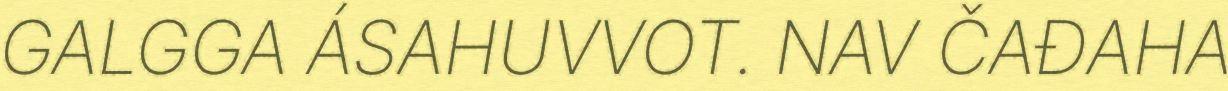
GALGGA ÁSAHUVVOT. NAV ČAĐAHA